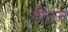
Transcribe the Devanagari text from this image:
गीतन